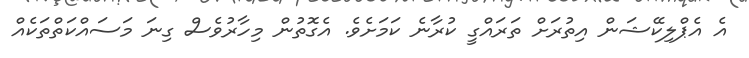
އެ އެޕްލިކޭޝަން އިތުރަށް ތަރައްގީ ކުރާނެ ކަމަށެވެ. އެގޮތުން މިހާރުވެސް ގިނަ މަސައްކަތްތަކެއް